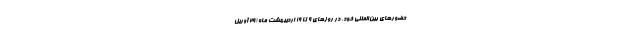
حضورهای بین‌المللی خود، در روزهای ۹ تا ۱۹ اردیبهشت ماه‌ (۲۹ آوریل